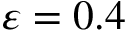
\varepsilon = 0 . 4